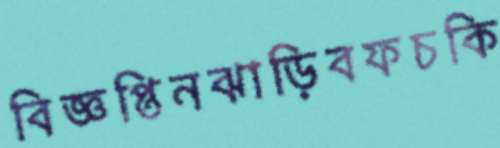
বিজ্ঞপ্তিনঝাড়িবফচকি